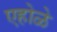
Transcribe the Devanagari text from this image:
एहोळे